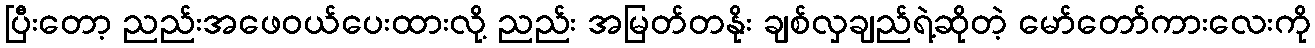
ပြီးတော့ ညည်းအဖေဝယ်ပေးထားလို့ ညည်း အမြတ်တနိုး ချစ်လှချည်ရဲ့ဆိုတဲ့ မော်တော်ကားလေးကို